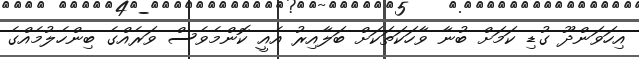
އިހަވަންދޫ ގުޑި ކަމަށް ބުނާ ވާހަކަތަކަށް ބަލާއިރު އެއީ ކޮންމެވެސް ވަރެއްގެ ބިންހެލުމެއްގެ